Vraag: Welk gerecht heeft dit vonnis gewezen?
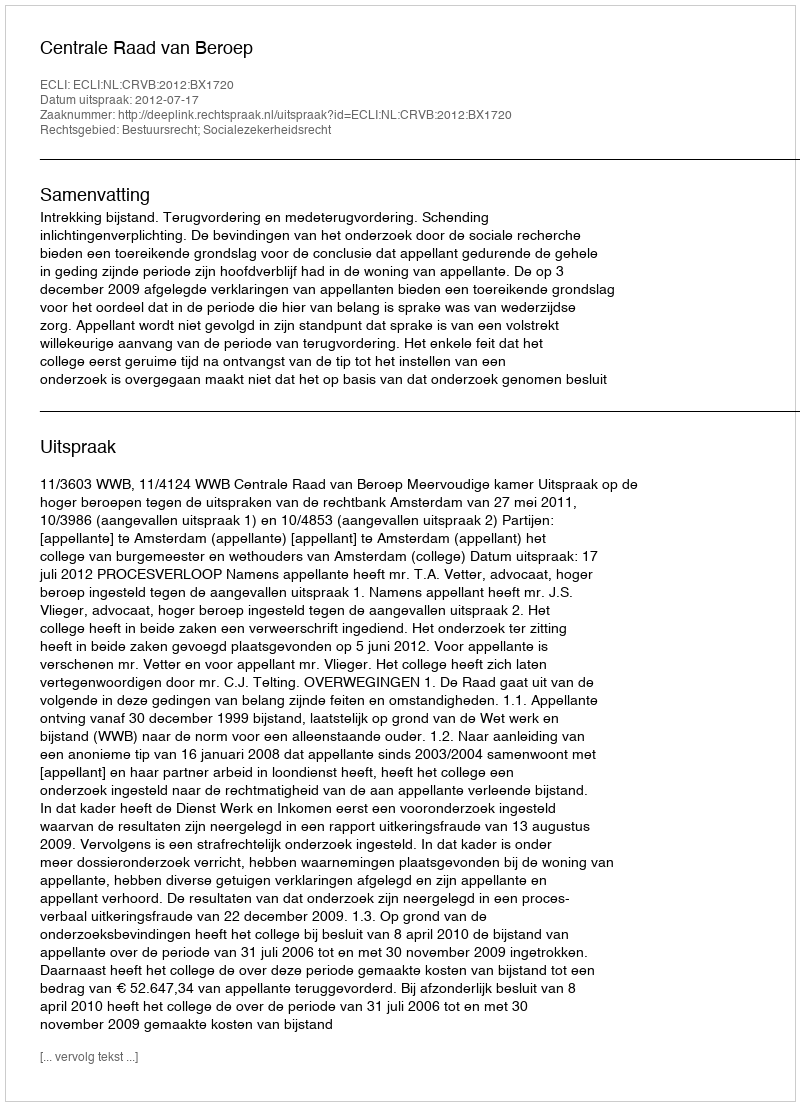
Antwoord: Centrale Raad van Beroep